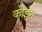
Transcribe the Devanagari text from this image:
कीइंग